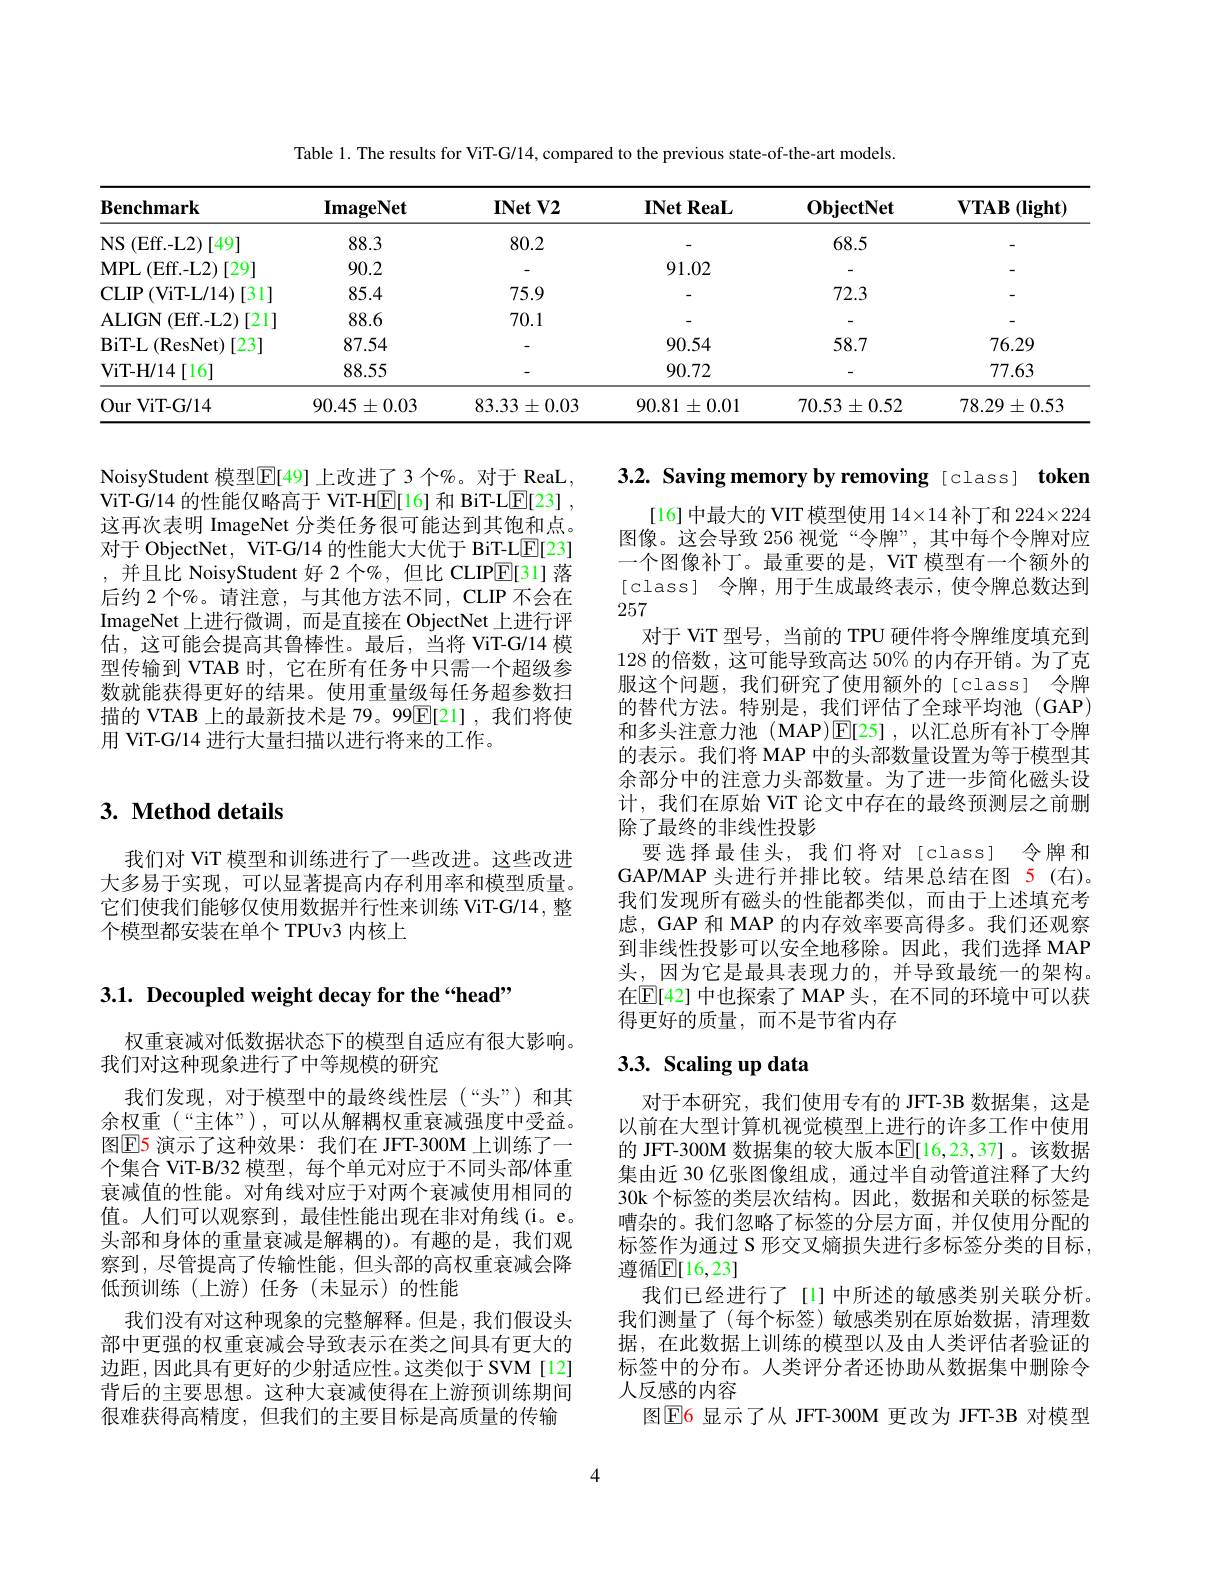
Table 1. The results for ViT-G/14, compared to the previous state-of-the-art models.

<table>
	<tbody>
		<tr>
			<th>$\mathbf{Benchmark}$</th>
			<th>$\mathbf{ImageNet}$</th>
			<th>$\mathbf{INetV2}$</th>
			<th>$\mathbf{INetReaL}$</th>
			<th>$\mathbf{ObjectNet}$</th>
			<th>$\mathbf{VTAB}$ $(\mathbf{light}$</th>
		</tr>
		<tr>
			<td>$NS$ (Eff.-L2) )[49]</td>
			<td>88.3</td>
			<td>80.2</td>
			<td> </td>
			<td>68.5</td>
			<td> </td>
		</tr>
		<tr>
			<td>$MPL$ ${\mathrm{L}}($Eff.-L2)[29]</td>
			<td>90.2</td>
			<td> </td>
			<td>91.02</td>
			<td> </td>
			<td> </td>
		</tr>
		<tr>
			<td>$\operatorname{CLIP}\left(\right)$ (ViT-L/14)[31]</td>
			<td>85.4</td>
			<td>75.9</td>
			<td> </td>
			<td>72.3</td>
			<td> </td>
		</tr>
		<tr>
			<td>ALIGN ${\mathrm{I}}\left(\mathrm{Eff.-L2}\right)[21]$</td>
			<td>88.6</td>
			<td>70.1</td>
			<td> </td>
			<td> </td>
			<td> </td>
		</tr>
		<tr>
			<td>BiT- L(ResNet) )[23]</td>
			<td>87.54</td>
			<td> </td>
			<td>90.54</td>
			<td>58.7</td>
			<td>76.29</td>
		</tr>
		<tr>
			<td>ViT- H/ 14$\left [ 16\right ]$</td>
			<td>88.55</td>
			<td> </td>
			<td>90.72</td>
			<td> </td>
			<td>77.63</td>
		</tr>
		<tr>
			<td>Our 1 ViT- G/ 14</td>
			<td>$90.45\pm0.03$</td>
			<td>$83.33\pm0.03$</td>
			<td>$90.81\pm0.01$</td>
			<td>$70.53\pm0.52$</td>
			<td>$78.29\pm0.53$</td>
		</tr>
	</tbody>
</table>

NoisyStudent 模型$\overline{\mathrm{E}}[49]$ 上改进了 3 个%。对于 ReaL, ViT-G/14 的性能仅略高于 ViT-HE[16] 和 BiT-L$\underline {\mathrm{F} }[ 23]$ , 这再次表明 ImageNet 分类任务很可能达到其饱和点。对于 ObjectNet, ViT-G/14 的性能大大优于 BiT-LE[23] ,并且比 NoisyStudent 好 2 个%,但比 CLIPE[31] 落后约 2 个%。请注意，与其他方法不同，CLIP 不会在ImageNet 上进行微调，而是直接在 ObjectNet 上进行评估，这可能会提高其鲁棒性。最后，当将 ViT-G/14 模型传输到 VTAB 时，它在所有任务中只需一个超级参数就能获得更好的结果。使用重量级每任务超参数扫描的 VTAB 上的最新技术是 79。99$\overline{\mathbb{E}}[21]$,我们将使用 ViT-G/14 进行大量扫描以进行将来的工作。

3.2. Saving memory by removing [class] token
[16] 中最大的 VIT 模型使用$14\times14$补丁和$224\times224$ 图像。这会导致 256 视觉“令牌”,其中每个令牌对应一个图像补丁。最重要的是，ViT 模型有一个额外的[class] 令牌，用于生成最终表示，使令牌总数达到257
对于 ViT 型号，当前的 TPU 硬件将令牌维度填充到128的倍数，这可能导致高达 50% 的内存开销。为了克服这个问题，我们研究了使用额外的[class] 令牌的替代方法。特别是，我们评估了全球平均池(GAP) 和多头注意力池 (MAP)$\overline{\mathrm{E}}[25]$,以汇总所有补丁令牌的表示。我们将 MAP 中的头部数量设置为等于模型其余部分中的注意力头部数量。为了进一步简化磁头设计，我们在原始 ViT 论文中存在的最终预测层之前删除了最终的非线性投影
要选择最佳头，我们将对[class]令牌和GAP/MAP 头进行并排比较。结果总结在图 5(右)。我们发现所有磁头的性能都类似，而由于上述填充考虑，GAP 和 MAP 的内存效率要高得多。我们还观察到非线性投影可以安全地移除。因此，我们选择 MAP 头，因为它是最具表现力的，并导致最统一的架构。在$\mathbb{E}[42]$ 中也探索了 MAP 头，在不同的环境中可以获得更好的质量，而不是节省内存

# 3. Method details

我们对 ViT 模型和训练进行了一些改进。这些改进大多易于实现，可以显著提高内存利用率和模型质量。它们使我们能够仅使用数据并行性来训练 ViT-G/14,整个模型都安装在单个 TPUv3 内核上

# 3.1. Decoupled weight decay for the “head”

# 3.3. Scaling up data

权重衰减对低数据状态下的模型自适应有很大影响。
我们对这种现象进行了中等规模的研究
我们发现，对于模型中的最终线性层(“头”)和其余权重(“主体”),可以从解耦权重衰减强度中受益。图$\mathbb{E}$5 演示了这种效果：我们在 JFT-300M 上训练了一个集合 ViT-B/32 模型，每个单元对应于不同头部/体重衰减值的性能。对角线对应于对两个衰减使用相同的值。人们可以观察到，最佳性能出现在非对角线(i。e。头部和身体的重量衰减是解耦的)。有趣的是，我们观察到，尽管提高了传输性能，但头部的高权重衰减会降低预训练(上游)任务(未显示)的性能
我们没有对这种现象的完整解释。但是，我们假设头部中更强的权重衰减会导致表示在类之间具有更大的边距，因此具有更好的少射适应性。这类似于 SVM[12] 背后的主要思想。这种大衰减使得在上游预训练期间很难获得高精度，但我们的主要目标是高质量的传输

对于本研究，我们使用专有的 JFT-3B 数据集，这是以前在大型计算机视觉模型上进行的许多工作中使用的 JFT-300M 数据集的较大版本$\mathbb{E}[16,23,37]$。该数据集由近 30 亿张图像组成，通过半自动管道注释了大约30k 个标签的类层次结构。因此，数据和关联的标签是嘈杂的。我们忽略了标签的分层方面，并仅使用分配的标签作为通过 S 形交叉熵损失进行多标签分类的目标， 遵循E[16,23]
我们已经进行了[1]中所述的敏感类别关联分析。我们测量了(每个标签)敏感类别在原始数据，清理数据，在此数据上训练的模型以及由人类评估者验证的标签中的分布。人类评分者还协助从数据集中删除令人反感的内容
图$\mathbb{E}$6 显示了从 JFT-300M 更改为 JFT-3B 对模型

4